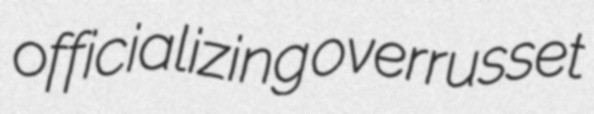
officializing overrusset